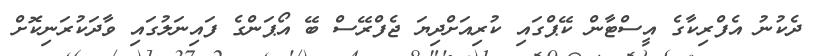
ދެކުނު އެފްރިކާގެ އީސްޓާން ކޭޕްގައި ކުރިއަށްދިޔަ ޖެފްރޭސް ބޭ އޯޕަންގެ ފައިނަލުގައި ވާދަކުރަނިކޮށް